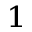
_ 1